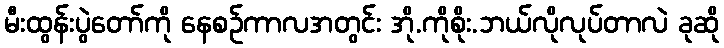
မီးထွန်းပွဲတော်ကို နေစဉ်ကာလအတွင်း အို.ကိုစိုး.ဘယ်လိုလုပ်တာလဲ ခုဆို